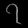
Digit: ၇